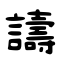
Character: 譸